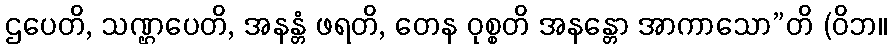
ဌပေတိ, သဏ္ဌပေတိ, အနန္တံ ဖရတိ, တေန ဝုစ္စတိ အနန္တော အာကာသော”တိ (ဝိဘ။